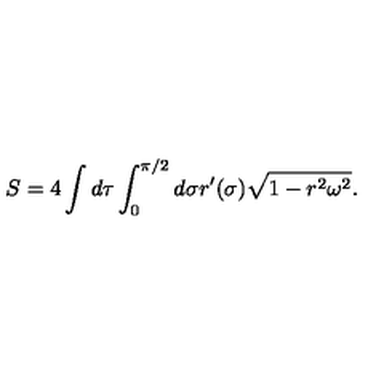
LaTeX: S = 4 \int d \tau \int _ { 0 } ^ { \pi / 2 } d \sigma r ^ { \prime } ( \sigma ) \sqrt { 1 - r ^ { 2 } \omega ^ { 2 } } .